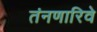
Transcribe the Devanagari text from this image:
तंनणारिवे